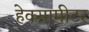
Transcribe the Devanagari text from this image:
हेक्सामीटर